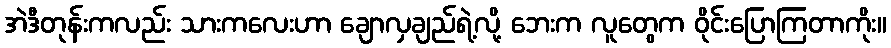
အဲဒီတုန်းကလည်း သားကလေးဟာ ချောလှချည်ရဲ့လို့ ဘေးက လူတွေက ဝိုင်းပြောကြတာကိုး။